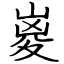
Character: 嵏